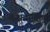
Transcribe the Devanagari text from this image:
ताम्रमाक्षिक